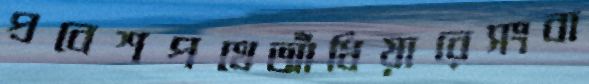
প্রবেশপথেআঁধিয়ারেসংবা